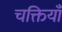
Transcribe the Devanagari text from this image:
चक्तियाँ